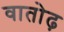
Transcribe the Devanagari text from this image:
वातोढ़